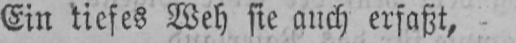
Ein tiefes Weh sie auch erfaßt,